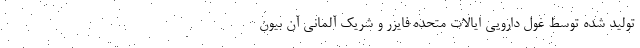
تولید شده توسط غول دارویی ایالات متحده فایزر و شریک آلمانی آن بیون